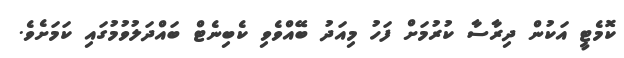
ކޮމެޓީ އަކުން ދިރާސާ ކުރުމަށް ފަހު މިއަދު ބޭއްވެވި ކެބިނެޓް ބައްދަލުވުމުގައި ކަމަށެވެ.